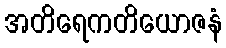
အတိရေကတိယောဇနံ